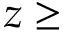
z \geq